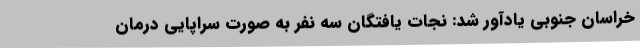
خراسان جنوبی یادآور شد: نجات یافتگان سه نفر به صورت سراپایی درمان